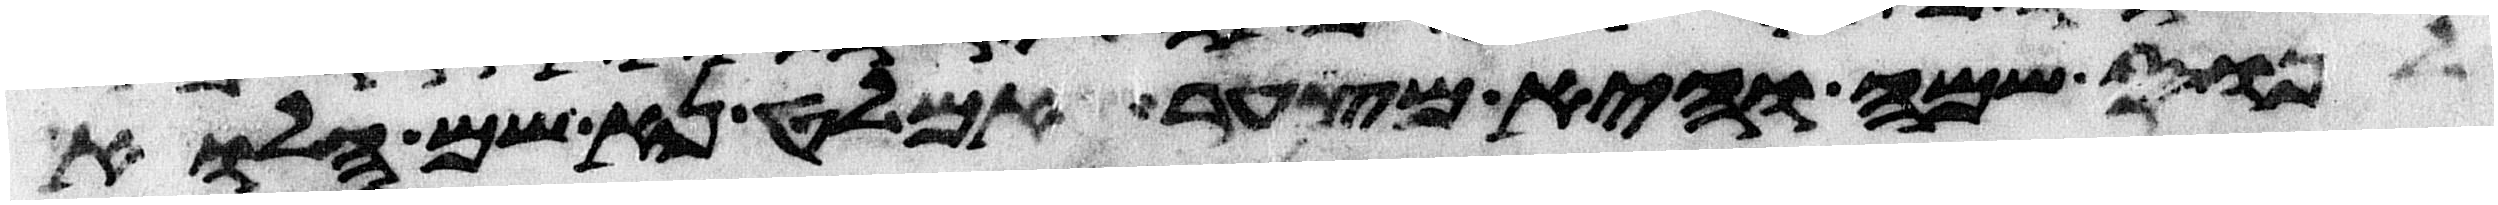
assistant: לנוס שמה והיא מצער אמלט נא שמה הלוא